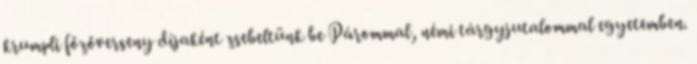
krumpli főzőverseny díjaként zsebeltünk be Párommal, némi tárgyjutalommal egyetemben.